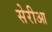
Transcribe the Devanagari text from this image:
सेरीआ